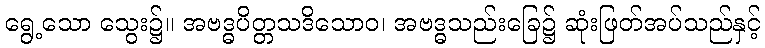
ရွေ့သော သွေး၌။ အဗဒ္ဓပိတ္တသဒိသောဝ၊ အဗဒ္ဓသည်းခြေ၌ ဆုံးဖြတ်အပ်သည်နှင့်